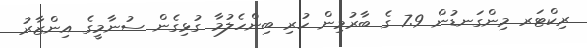
ރިކްޓަރ މިންގަނޑުން 7.9 ގެ ބާރުމިން ހުރި ބިންހެލުމާ ގުޅިގެން ސުނާމީގެ އިންޒާރު